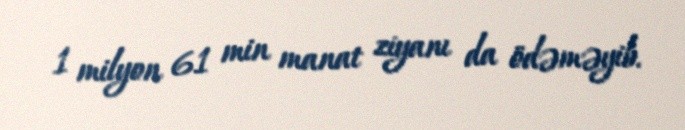
1 milyon 61 min manat ziyanı da ödəməyib.